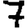
Digit: 7